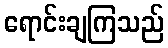
ရောင်းချကြသည်